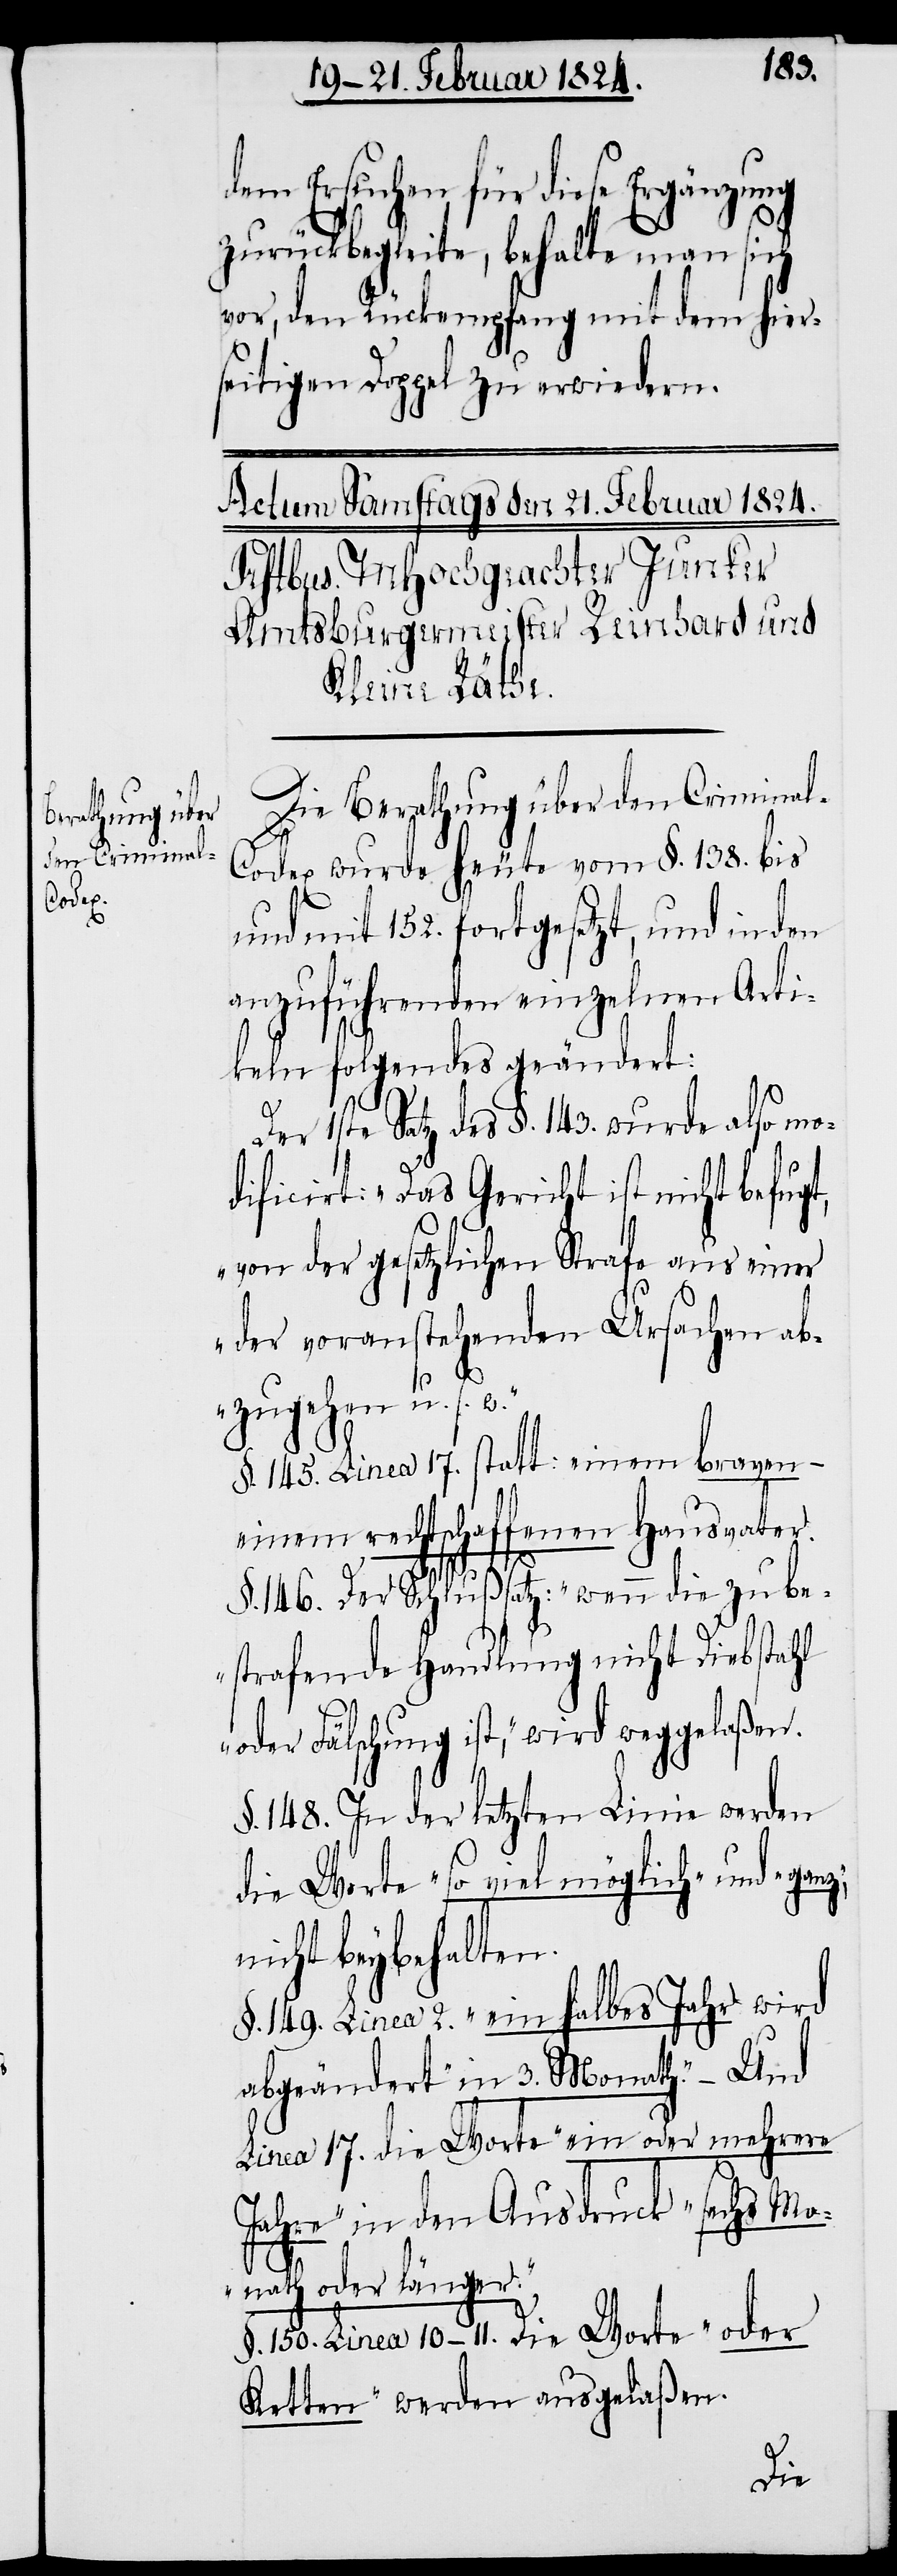
Berathung über
den Crimina¬

dem Ersuchen für diese Ergänzung
zurückbegleite, behalte man sich
vor, den Rückempfang mit dem hier¬
seitigen Doppel zu erwiedern.
l-Codex wurde heute vom §. 138. bis
und mit 152. fortgesetzt, und in den
anzuführenden einzelnen Arti¬
keln folgendes geändert:
Der 1ste Satz des §. 143. wurde also mo¬
dificirt: „Das Gericht ist nicht befugt,
von der gesetzlichen Strafe aus einer
der voranstehenden Ursachen ab¬
z“
zugehen u. s.
§. 145. Linea 17. statt: einem braven-
einem rechtschaffenen Hausvater.
§. 146. Der Schlußsatz: „wenn die zu be¬
strafende Handlung nicht Diebstahl
oder Fälschung ist,“ wird weggelaßen.
§. 148. In der letzten Linie werden
die Worte „so viel möglich“ und „gan¬
nicht beybehalten.
§. 149. Linea 2. „ein halbes Jahr“ wird
abgeändert „in 3. Monath“. – Und
Linea 17. die Worte „ein oder mehrere
Jahre“ in den Ausdruck „sechs Mo¬
nath oder länger“.
§. 150. Linea 10–11. Die Worte „oder
Ketten“ werden ausgelaßen.
Die